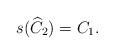
LaTeX: \begin{align*}s(\widehat{C}_2)=C_1.\end{align*}